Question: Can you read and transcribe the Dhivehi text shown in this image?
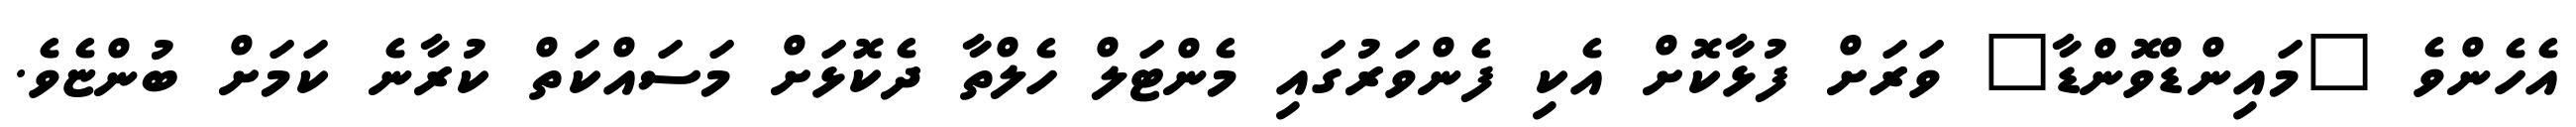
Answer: އެހެންވެ "މައިންޑްވޮންޑާ" ވަރަށް ފުޅާކޮށް އެކި ފެންވަރުގައި މެންޓަލް ހެލްތާ ދެކޮޅަށް މަސައްކަތް ކުރާނެ ކަމަށް ބުންޏެވެ.